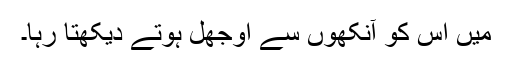
میں اس کو آنکھوں سے اوجھل ہوتے دیکھتا رہا۔